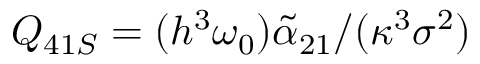
Q _ { 4 1 S } = ( h ^ { 3 } \omega _ { 0 } ) \tilde { \alpha } _ { 2 1 } / ( \kappa ^ { 3 } \sigma ^ { 2 } )